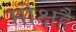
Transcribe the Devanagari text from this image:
मोक्षहै